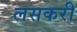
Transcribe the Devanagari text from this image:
लसकरी